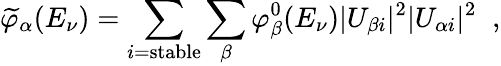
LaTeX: \widetilde{\varphi}_{\alpha}(E_{\nu})=\sum_{i=\mathrm{stable}}\sum_{\beta}\varphi_{\beta}^{0}(E_{\nu})|U_{\beta i}|^{2}|U_{\alpha i}|^{2}\; \; ,